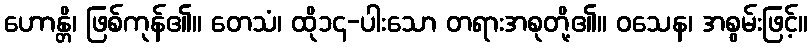
ဟောန္တိ၊ ဖြစ်ကုန်၏။ တေသံ၊ ထို၁၄-ပါးသော တရားအစုတို့၏။ ဝသေန၊ အစွမ်းဖြင့်။